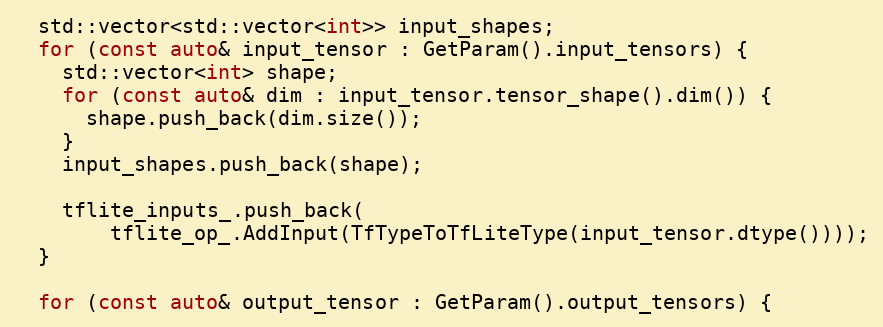
Language: C++
  std::vector<std::vector<int>> input_shapes;
  for (const auto& input_tensor : GetParam().input_tensors) {
    std::vector<int> shape;
    for (const auto& dim : input_tensor.tensor_shape().dim()) {
      shape.push_back(dim.size());
    }
    input_shapes.push_back(shape);

    tflite_inputs_.push_back(
        tflite_op_.AddInput(TfTypeToTfLiteType(input_tensor.dtype())));
  }

  for (const auto& output_tensor : GetParam().output_tensors) {